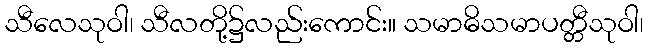
သီလေသုဝါ၊ သီလတို့၌လည်းကောင်း။ သမာဓိသမာပတ္တီသုဝါ၊